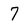
Character: 7